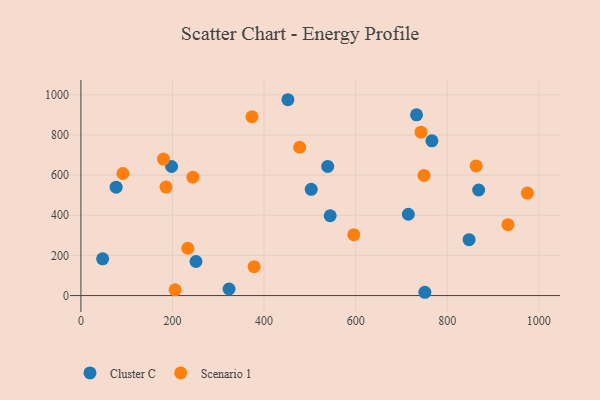
{"axis": {"x": "Price", "y": "Sales"}, "legend": ["Cluster C", "Scenario 1"], "data": [{"x": "198.0", "y": 643.0, "type": "Cluster C"}, {"x": "544.4", "y": 397.5, "type": "Cluster C"}, {"x": "715.1", "y": 405.0, "type": "Cluster C"}, {"x": "503.0", "y": 529.2, "type": "Cluster C"}, {"x": "733.0", "y": 900.5, "type": "Cluster C"}, {"x": "323.5", "y": 32.6, "type": "Cluster C"}, {"x": "251.3", "y": 169.7, "type": "Cluster C"}, {"x": "47.4", "y": 183.2, "type": "Cluster C"}, {"x": "847.8", "y": 278.4, "type": "Cluster C"}, {"x": "868.7", "y": 525.8, "type": "Cluster C"}, {"x": "76.9", "y": 540.1, "type": "Cluster C"}, {"x": "452.1", "y": 975.5, "type": "Cluster C"}, {"x": "751.2", "y": 16.4, "type": "Cluster C"}, {"x": "766.6", "y": 770.7, "type": "Cluster C"}, {"x": "539.0", "y": 643.1, "type": "Cluster C"}, {"x": "596.0", "y": 303.3, "type": "Scenario 1"}, {"x": "863.2", "y": 645.6, "type": "Scenario 1"}, {"x": "378.3", "y": 144.1, "type": "Scenario 1"}, {"x": "373.5", "y": 890.7, "type": "Scenario 1"}, {"x": "91.7", "y": 608.0, "type": "Scenario 1"}, {"x": "180.3", "y": 679.8, "type": "Scenario 1"}, {"x": "975.1", "y": 510.7, "type": "Scenario 1"}, {"x": "477.7", "y": 738.7, "type": "Scenario 1"}, {"x": "244.5", "y": 589.5, "type": "Scenario 1"}, {"x": "205.7", "y": 28.7, "type": "Scenario 1"}, {"x": "932.7", "y": 353.1, "type": "Scenario 1"}, {"x": "749.4", "y": 598.6, "type": "Scenario 1"}, {"x": "742.8", "y": 814.1, "type": "Scenario 1"}, {"x": "185.8", "y": 540.4, "type": "Scenario 1"}, {"x": "233.4", "y": 235.7, "type": "Scenario 1"}]}